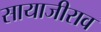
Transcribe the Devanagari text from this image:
सायाजीराव